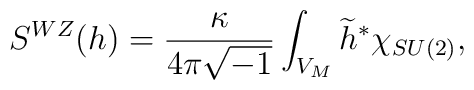
S^{WZ}(h)=\frac{\kappa }{4\pi \sqrt{-1}}\int_{V_{M}}\widetilde{h}^{\ast}\chi _{SU(2)},